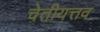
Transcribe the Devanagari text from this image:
चेतीयत्तव